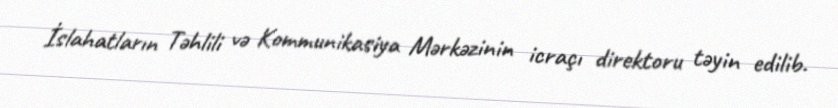
İslahatların Təhlili və Kommunikasiya Mərkəzinin icraçı direktoru təyin edilib.